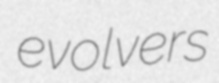
evolvers